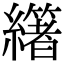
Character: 𦇃